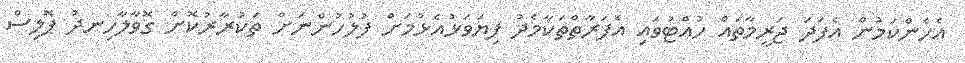
އެހެންކަމުން އެފަދަ ޖަރީމާތައް ހުއްޓުވައި އެފަރާތްތަކާމެދު ފިޔަވަޅުއެޅުމަށް ފުލުހުންނަށް ތަކުރާރުކޮށް ގޮވާލާހިނދު ޕޮލިސް